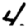
Digit: 4